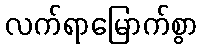
လက်ရာမြောက်စွာ